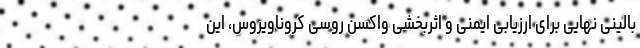
بالینی نهایی برای ارزیابی ایمنی و اثربخشی واکسن روسی کروناویروس، این